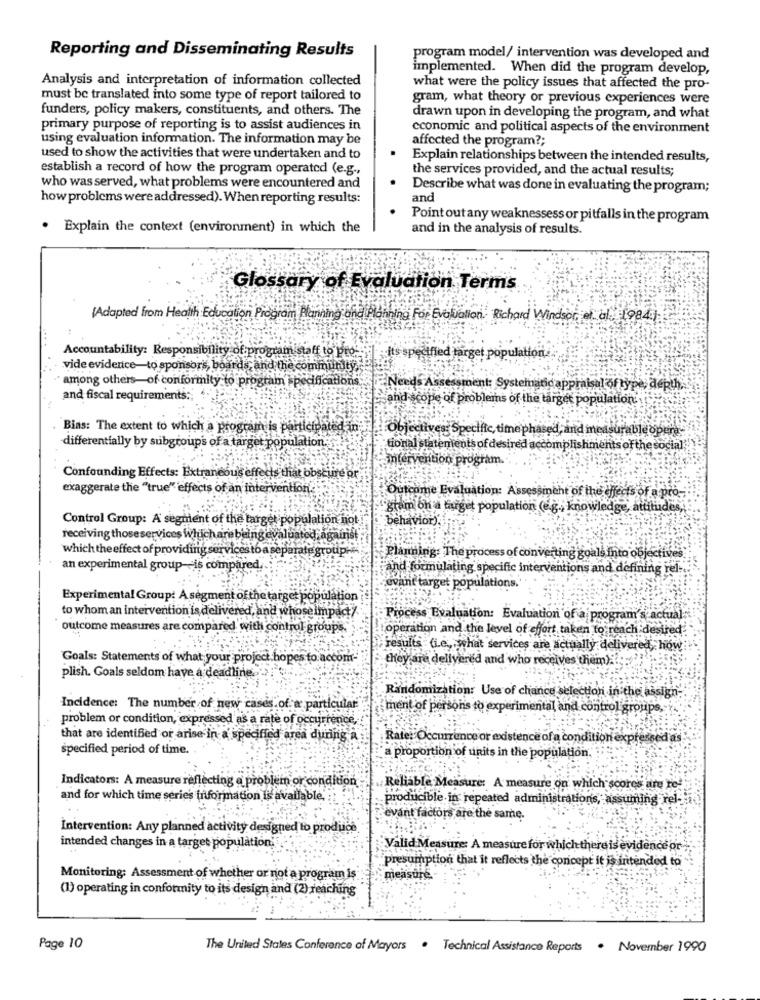
Reporting and Disseminating Results
program model/ intervention was developed and
implemented. When did the program develop,
Analysis and interpretation of information collected
what were the policy issues that affected the pro-
must be translated into some type of report tailored to
gram, what theory or previous experiences were
funders, policy makers, constituents, and others. The
drawn upon in developing the program, and what
primary purpose of reporting is to assist audiences in
economic and political aspects of the environment
using evaluation information. The information may be
affected the program ?;
used to show the activities that were undertaken and to
Explain relationships between the intended results,
establish a record of how the program operated (e.g .,
the services provided, and the actual results;
who was served, what problems were encountered and
Describe what was done in evaluating the program;
how problems were addressed). When reporting results:
and
Point out any weaknessess or pitfalls in the program
. Explain the context (environment) in which the
and in the analysis of results.
Glossary of Evaluation Terms
[Adapted from Health Education Program Planning and Planning For Evaluation. Richard Windsor, et al. 19841;
Accountability: Responsibility of program staff to pro-
it's specified target populat
vide evidence-to sponsors, boards, and the community,
" among others-of conformity to program' specifications
Needs
ssment: Systematic appraisal of type, depth.
and fiscal requirements :;
and scope of problems of the target population.
Bins: The extent to which a program is participated in
Objectives Specific, time
phased, and measurable opera-
differentially by subgroup's of a target population.
tional st
it's of desired accomplishments of the social;
intervention program
Confounding Effects: Extraneous effects that obscure or
exaggerate the "true" effects of an intervention.
Outcome Evaluation: Assessment of the effects of a pro-
gram on a target population (e.g ., knowledge, atti
Control Group: A segment of the target population hot
behavior).
receiving thoseservices Which are being evaluated against
which the effect of providing services to a separate group.
Planning: The process of converting goals into objective
an experimental group -- is compare
Fand formulating specific interventions and defining rel-
evant target populations.
Experimental Group: A segment of the target population
to whom an intervention is delivered, and whoseimpact/
Process Evaluation: Evaluation of a program's actual:
outcome measures are compared with control groups
operation and the level of effort taken to reach desired.
results (i.e ., what services are actually delivered, how:
Goals: Statements of what your project hopes to accom-
they are delivered and who receives them)?
plish. Goals seldom have a deadline.
Randomization: Use of chance selection in the assign-
Incidence: The number of new cases of a particular
ment of persons to experimental and control groups,
problem or condition, expressed as a rate of occurrence,
that are identified or arise in a specified area during a
Rate: Occurrence or existence of a condition expressed as
specified period of time.
a proportion of units in the population
Indicators: A measure reflecting a problem or condition
Reliable Measure: A measure on which scores are re-
and for which time series information is available.
producible in repeated administrations, assuming rel-
evant factors are the same.
Intervention: Any planned activity designed to produce
intended changes in a target population;
Valid Measure: A measure for which there is evidence or ;
presumption that it reflects the concept it is intended to
Monitoring: Assessment of whether or not a program is:
measure
(1) operating in conformity to its design and (2) reaching
Page 10
The United States Conference of Mayors . Technical Assistance Reports . November 1990